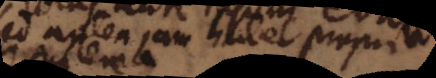
Sed antea jam habet proprium